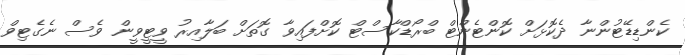
ކެންޑިޑޭޓުންނާ ދެކޮޅަށް ކޮންޓެންޓް ބްރޯޑްކާސްޓް ކޮށްފައިވާ ގޮތަށް ބަލާއިރު ވީޓީވީން ވެސް ނެގެޓިވް